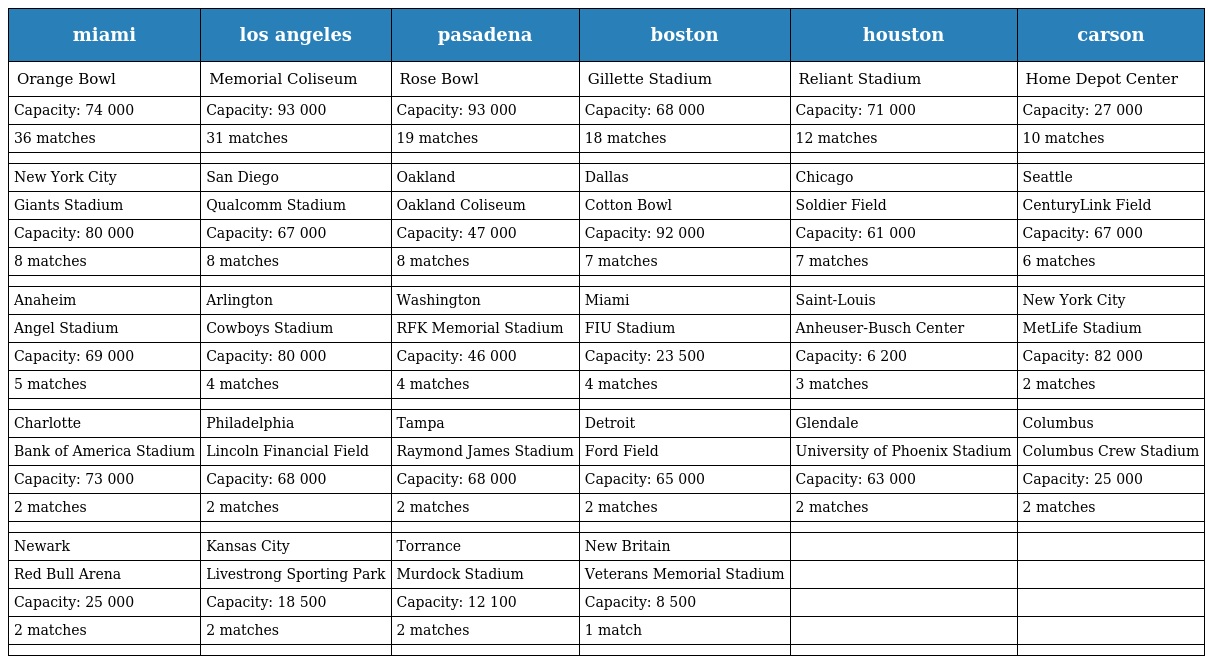
| miami | los angeles | pasadena | boston | houston | carson |
 | --- | --- | --- | --- | --- | --- |
 | Orange Bowl | Memorial Coliseum | Rose Bowl | Gillette Stadium | Reliant Stadium | Home Depot Center |
 | Capacity: 74 000 | Capacity: 93 000 | Capacity: 93 000 | Capacity: 68 000 | Capacity: 71 000 | Capacity: 27 000 |
 | 36 matches | 31 matches | 19 matches | 18 matches | 12 matches | 10 matches |
 |  |  |  |  |  |  |
 | New York City | San Diego | Oakland | Dallas | Chicago | Seattle |
 | Giants Stadium | Qualcomm Stadium | Oakland Coliseum | Cotton Bowl | Soldier Field | CenturyLink Field |
 | Capacity: 80 000 | Capacity: 67 000 | Capacity: 47 000 | Capacity: 92 000 | Capacity: 61 000 | Capacity: 67 000 |
 | 8 matches | 8 matches | 8 matches | 7 matches | 7 matches | 6 matches |
 |  |  |  |  |  |  |
 | Anaheim | Arlington | Washington | Miami | Saint-Louis | New York City |
 | Angel Stadium | Cowboys Stadium | RFK Memorial Stadium | FIU Stadium | Anheuser-Busch Center | MetLife Stadium |
 | Capacity: 69 000 | Capacity: 80 000 | Capacity: 46 000 | Capacity: 23 500 | Capacity: 6 200 | Capacity: 82 000 |
 | 5 matches | 4 matches | 4 matches | 4 matches | 3 matches | 2 matches |
 |  |  |  |  |  |  |
 | Charlotte | Philadelphia | Tampa | Detroit | Glendale | Columbus |
 | Bank of America Stadium | Lincoln Financial Field | Raymond James Stadium | Ford Field | University of Phoenix Stadium | Columbus Crew Stadium |
 | Capacity: 73 000 | Capacity: 68 000 | Capacity: 68 000 | Capacity: 65 000 | Capacity: 63 000 | Capacity: 25 000 |
 | 2 matches | 2 matches | 2 matches | 2 matches | 2 matches | 2 matches |
 |  |  |  |  |  |  |
 | Newark | Kansas City | Torrance | New Britain |  |  |
 | Red Bull Arena | Livestrong Sporting Park | Murdock Stadium | Veterans Memorial Stadium |  |  |
 | Capacity: 25 000 | Capacity: 18 500 | Capacity: 12 100 | Capacity: 8 500 |  |  |
 | 2 matches | 2 matches | 2 matches | 1 match |  |  |
 |  |  |  |  |  |  |